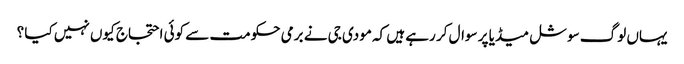
یہاں لوگ سوشل میڈیا پر سوال کر رہے ہیں کہ مودی جی نے برمی حکومت سے کوئی احتجاج کیوں نہیں کیا ؟